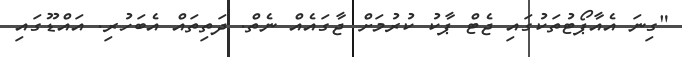
"ގިނަ އެއާޕޯޓުތަކުގައި ޖެޓް ޕާކު ކުރުމަށް ޖާގައެއް ނެތް. ދަތިތައް އެބަހުރި. އައްޑޫގައި